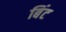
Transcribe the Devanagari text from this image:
बिंट